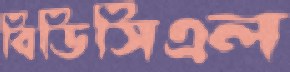
বিডিসিএল